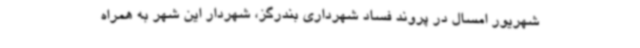
شهریور امسال در پروند فساد شهرداری بندرگز، شهردار این شهر به همراه